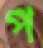
প